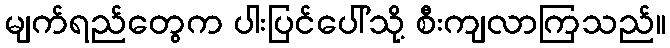
မျက်ရည်တွေက ပါးပြင်ပေါ်သို့ စီးကျလာကြသည်။